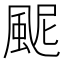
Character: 𩖹